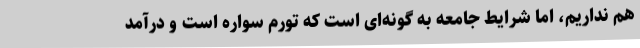
هم نداریم، اما شرایط جامعه به گونه‌ای است که تورم سواره است و درآمد